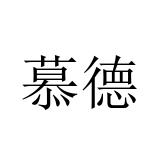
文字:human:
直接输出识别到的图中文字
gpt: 慕德